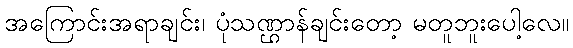
အကြောင်းအရာချင်း၊ ပုံသဏ္ဌာန်ချင်းတော့ မတူဘူးပေါ့လေ။